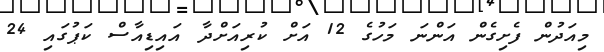
މިއަދުން ފެށިގެން އަންނަ މަހުގެ 12 އަށް ކުރިއަށްދާ އައިޑިއާސް ކަޕުގައި 24